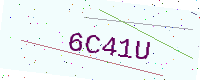
Text: 6C41U